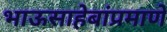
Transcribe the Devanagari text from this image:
भाऊसाहेबांप्रमाणे